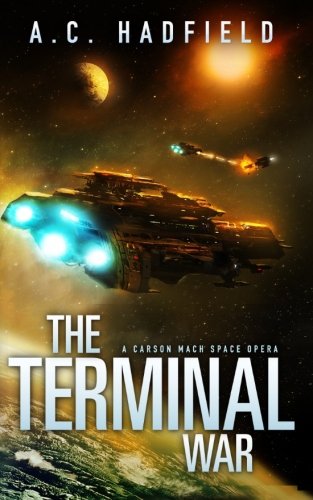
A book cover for The Terminal War (A Carson Mach Adventure); A.C. Hadfield; Science Fiction & Fantasy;